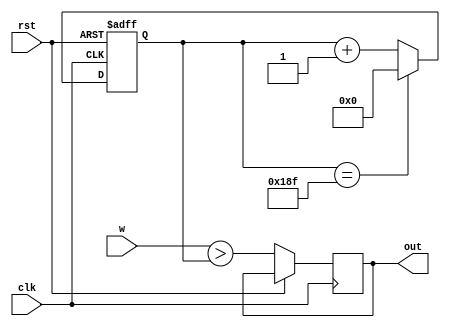
module duty_cycle_out(
    input rst,
    input clk,
    input [8:0] w,
    
    output reg out
    
    );

reg [8:0] cnt;

always @(posedge clk or posedge rst) begin
    if( rst == 1'd1 ) begin
        cnt <= 1'd0;
    end
    else begin
        cnt <= cnt == 'd399 ? 1'd0 : cnt+1'd1;
        out <= (w>cnt);
    end 
end    

    
endmodule